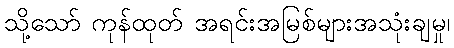
သို့သော် ကုန်ထုတ် အရင်းအမြစ်များအသုံးချမှု၊